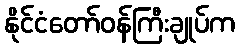
နိုင်ငံတော်ဝန်ကြီးချုပ်က